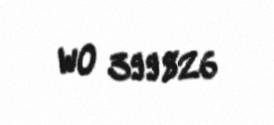
WO 399826